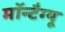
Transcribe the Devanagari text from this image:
मॉन्टैग्यू